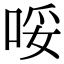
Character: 哸